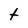
Character: t